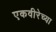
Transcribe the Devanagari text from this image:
एकवीरेच्या